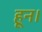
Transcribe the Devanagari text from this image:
हून।